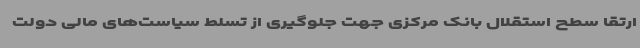
ارتقا سطح استقلال بانک مرکزی جهت جلوگیری از تسلط سیاست‌های مالی دولت